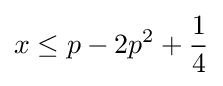
x\leq p-2p^{2}+{\frac {1}{4}}